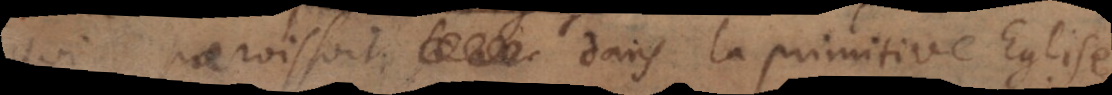
qui paroissoit dans la primitive Eglise